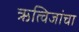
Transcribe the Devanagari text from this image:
ऋत्विजांचा